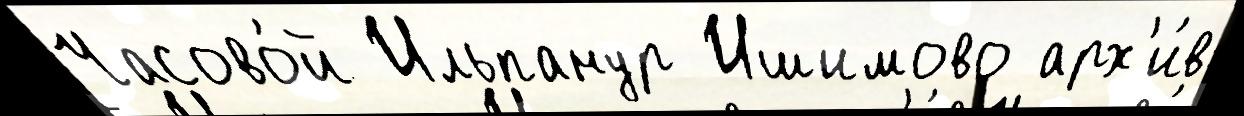
Часово́й Ильпанур Ишимово арх'и́в